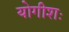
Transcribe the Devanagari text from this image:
योगीशः